Annual report of the Punjab Veterinary College and of the Civil Veterinary Department, Punjab - 1926-1932
Year: 1926
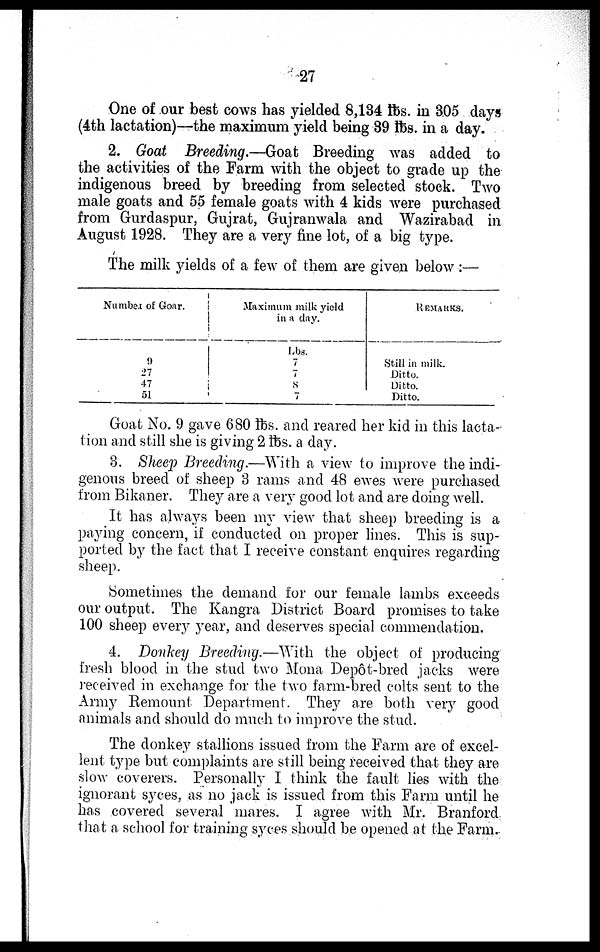
27
One of our best cows has yielded 8,134 lbs. in 305 days
(4th lactation)—the maximum yield being 39 lbs. in a day.
2. Goat Breeding.—Goat Breeding was added to
the activities of the Farm with the object to grade up the
indigenous breed by breeding from selected stock. Two
male goats and 55 female goats with 4 kids were purchased
from Gurdaspur, Gujrat, Gujranwala and Wazirabad in
August 1928. They are a very fine lot, of a big type.
The milk yields of a few of them are given below:—
Number of Goar.
9
27
47
51
Maximum milk yield
in a day.
Lbs.
7
7
8
7
REMARKS.
Still in milk.
Ditto.
Ditto.
Ditto.
Goat No. 9 gave 680 lbs. and reared her kid in this lacta-
tion and still she is giving 2 lbs. a day.
3. Sheep Breeding.—With a view to improve the indi-
genous breed of sheep 3 rams and 48 ewes were purchased
from Bikaner. They are a very good lot and are doing well.
It has always been my view that sheep breeding is a
paying concern, if conducted on proper lines. This is sup-
ported by the fact that I receive constant enquires regarding
sheep.
Sometimes the demand for our female lambs exceeds
our output. The Kangra. District Board promises to take
100 sheep every year, and deserves special commendation.
4. Donley Breeding.—With the object of producing
fresh blood in the stud two Mona Depot-bred jacks were
received in exchange for the two farm-bred colts sent to the
Army Remount Department. They are both very good
animals and should do much to improve the stud.
The donkey stallions issued from the Farm are of excel-
lent type but complaints are still being received that they are
slow coverers. Personally I think the fault lies with the
ignorant syces, as no jack is issued from this Farm until he
has covered several mares. I agree with Mr. Branford
that a school for training syces should be opened at the Farm.